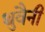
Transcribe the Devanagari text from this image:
थुवैनी